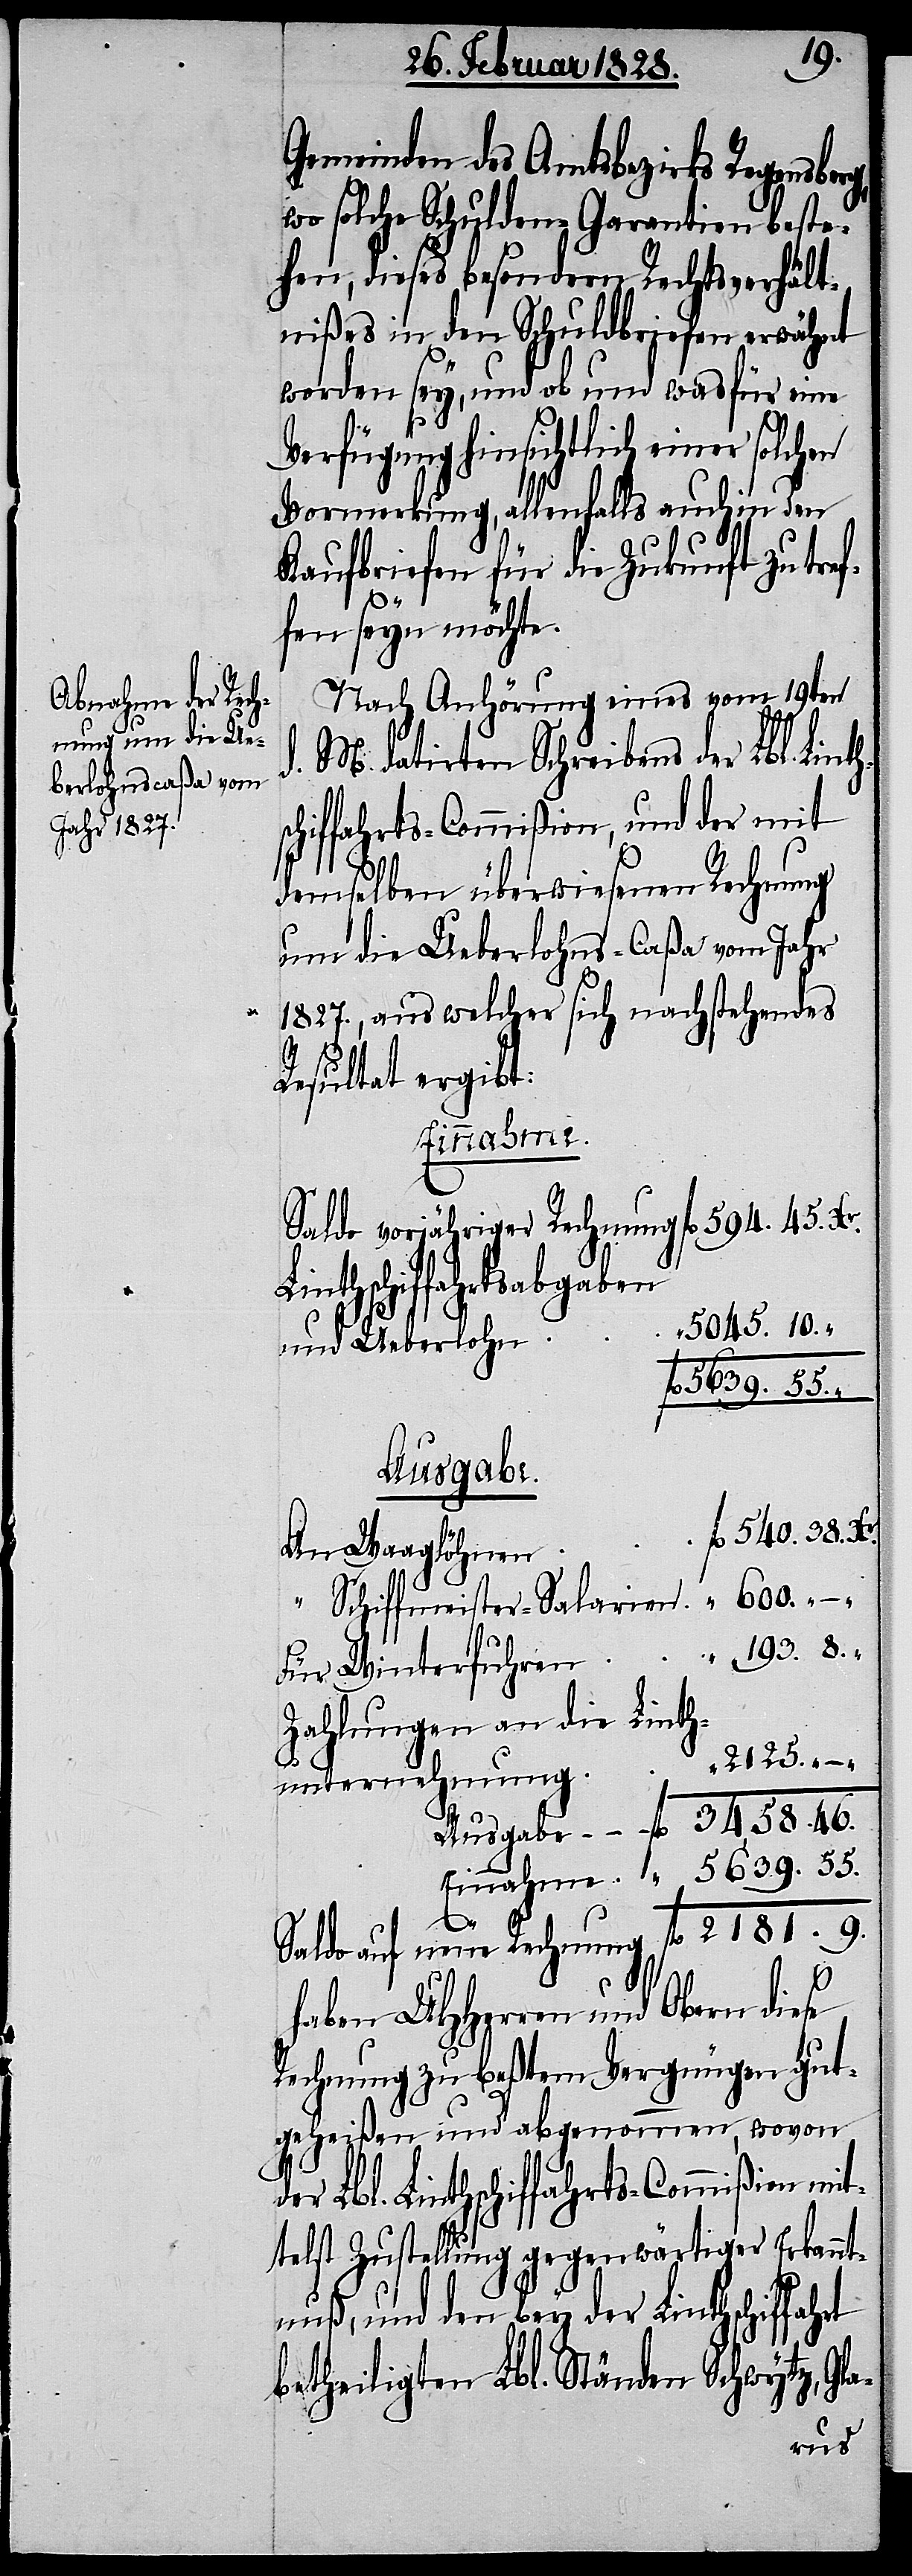
2181.
Gemeinden des Amtsbezirks Regensber¬
wo solche Schulden Garantien beste¬
hen, dieses besondern Rechtsverhält¬
nißes in den Schuldbriefen erwähnt
worden sey, und ob und wasfür eine
Verfügung hinsichtlich einer
Vormerkung, allenfalls auch in den
Kaufbriefen für die Zukunft zu tref¬
600.
fen seyn möchte.
Nach Anhörung eines vom 19ten
d. M. datirten Schreibens der Lbl. Lint¬
hiffahrts-Commißion, und der mit
demselben überwiesenen Rechnung
um die Ueberlohns-Caßa vom Jahr
1827., aus welcher sich nachstehendes
Resultat ergibt:
Einnahme
Saldo vorjähriger Rechnung
Linthschiffahrtsabgaben
und Ueberlohn
Ausgabe
An Waaglöhnen
“ Schiffmeister-Salarien
d¬
rt
haben UHHerren und Obern diese
Rechnung zu beßtem Vergnügen gut¬
geheißen und abgenommen, wovon
er Lbl. Linthschiffahrts-Commißion mit¬
telst Zustellung gegenwärtiger Erkannt¬
nuß, und den bey der Linthschiffah¬
betheiligten Lbl. Ständen Schwytz, Gla-